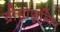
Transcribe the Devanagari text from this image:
ग्रीसोफुल्विन